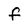
Character: f